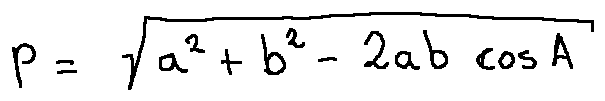
p = \sqrt { a ^ { 2 } + b ^ { 2 } - 2 a b \cos A }